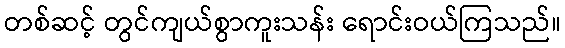
တစ်ဆင့် တွင်ကျယ်စွာကူးသန်း ရောင်းဝယ်ကြသည်။